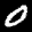
Label: 0